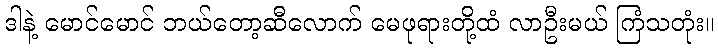
ဒါနဲ့ မောင်မောင် ဘယ်တော့ဆီလောက် မေဖုရားတို့ထံ လာဦးမယ် ကြံသတုံး။